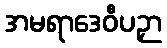
အမရာဒေဝီပဉှာ